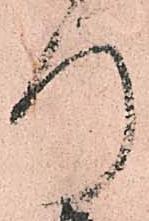
行